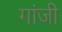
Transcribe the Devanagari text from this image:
गांजी